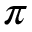
\pi